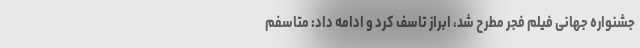
جشنواره جهانی فیلم فجر مطرح شد، ابراز تاسف کرد و ادامه داد: متاسفم